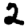
Digit: 2